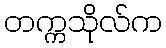
တက္ကသိုလ်က